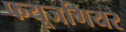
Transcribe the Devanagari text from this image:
फयूजगियर